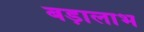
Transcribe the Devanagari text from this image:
बड़ालाभ